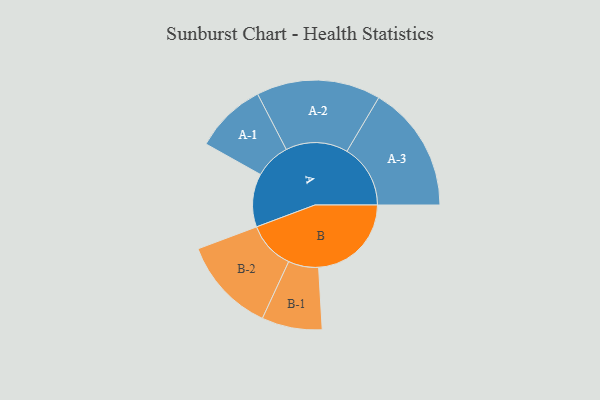
{"axis": {"x": "Segment", "y": "Value"}, "legend": ["", "A", "B"], "data": [{"x": "A", "y": 240, "type": ""}, {"x": "B", "y": 418, "type": ""}, {"x": "A-1", "y": 161, "type": "A"}, {"x": "A-2", "y": 280, "type": "A"}, {"x": "A-3", "y": 286, "type": "A"}, {"x": "B-1", "y": 136, "type": "B"}, {"x": "B-2", "y": 215, "type": "B"}]}